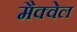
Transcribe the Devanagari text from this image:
मैक्वेल